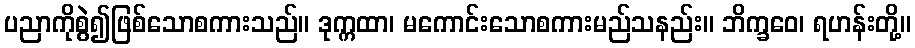
ပညာကိုစွဲ၍ဖြစ်သောစကားသည်။ ဒုက္ကထာ၊ မကောင်းသောစကားမည်သနည်း။ ဘိက္ခဝေ၊ ရဟန်းတို့။